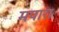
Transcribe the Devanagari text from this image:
मपारा